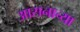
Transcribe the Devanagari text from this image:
आसनाच्या